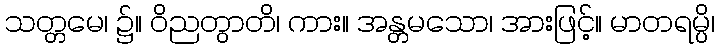
သတ္တမေ၊ ၌။ ဝိညတွာတိ၊ ကား။ အန္တမသော၊ အားဖြင့်။ မာတရမ္ပိ၊